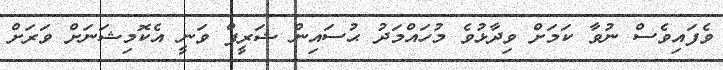
ވެފައިވެސް ނުވާ ކަމަށް ވިދާޅުވެ މުހައްމަދު ޙުސައިން ޝަރީފް ވަނީ އެކޮމިޝަނަށް ވަރަށް